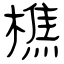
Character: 樵